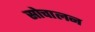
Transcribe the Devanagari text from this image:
सोचालन